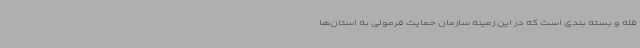
فله و بسته بندی است که در این زمینه سازمان حمایت فرمولی به استان‌ها